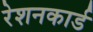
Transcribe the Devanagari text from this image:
रेशनकार्ड